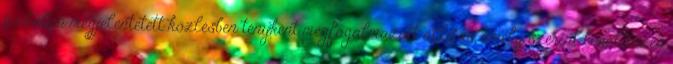
portálon megjelentetett közlésben tényként megfogalmazott állítás, amely szerint lövöldözés